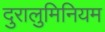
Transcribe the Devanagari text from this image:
दुरालुमिनियम